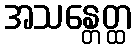
အသန္တေတ္ထ